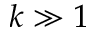
k \gg 1